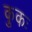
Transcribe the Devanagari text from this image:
कुकः